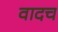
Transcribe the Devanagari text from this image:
वादच